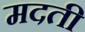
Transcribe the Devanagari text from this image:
मदती